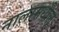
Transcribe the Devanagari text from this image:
नालामधील